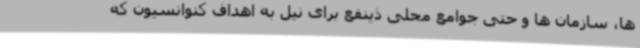
ها، سازمان ها و حتی جوامع محلی ذینفع برای نیل به اهداف کنوانسیون که